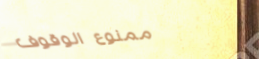
ممنوع الوقوف